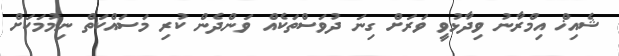
ޝެއިޚް އިމްރާނު ވިދާޅުވީ ވަރަށް ގިނަ ދުވަސްތަކެއް ވަންދެން ކުރި މަސައްކަތް ނިމުމަކަށް